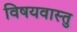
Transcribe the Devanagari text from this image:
विषयवास्तु